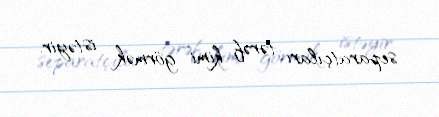
separatçıları tərəf kimi görmək istəyir.